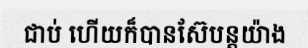
ជាប់ ហើយក៏បានស៊ែបន្តយ៉ាង